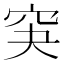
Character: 䆕